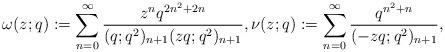
LaTeX: \begin{align*}\omega(z;q):=\sum_{n=0}^{\infty} \frac{z^n q^{2n^2+2n}}{(q;q^2)_{n+1}(zq;q^2)_{n+1}}, \nu(z; q):=\sum_{n=0}^{\infty} \frac{ q^{n^2+n}}{(-zq;q^2)_{n+1}}, \end{align*}